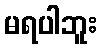
မရပါဘူး